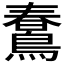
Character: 𪃣